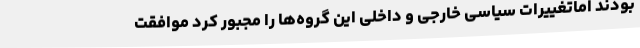
بودند اماتغییرات سیاسی خارجی و داخلی این گروه‌ها را مجبور کرد موافقت